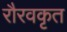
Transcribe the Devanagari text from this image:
रौरवकृत